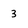
Character: 3